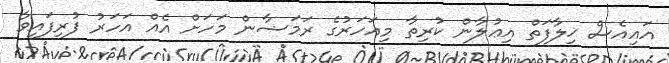
އައިއެސް ޚިލާފަތް އިޢުލާން ކުރިތާ މިއަހަރުގެ ރަމަޟާން މަހަށް އެއް އަހަރު ފުރިފައިވާ